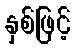
နှစ်ဖြင့်